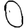
Digit: 0